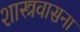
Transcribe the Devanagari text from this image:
शास्त्रवासना